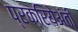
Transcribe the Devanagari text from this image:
प्रक्रियेअंती